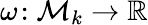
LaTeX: \omega\! :{\mathcal M}_{k}\to{\mathbb R}